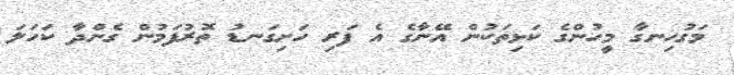
މަގުހިނގާ މީހުންގެ ކަޅިތަކުން އޭނާގެ އެ ފަރި ހަށިގަނޑު ތޮރުފަމުން ގެންދާ ކަހަލަ